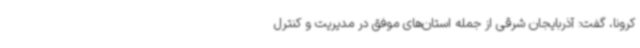
کرونا، گفت: آذربایجان شرقی از جمله استان‌های موفق در مدیریت و کنترل